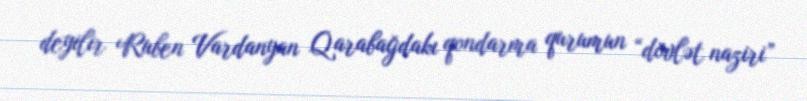
deyilir Ruben Vardanyan Qarabağdakı qondarma qurumun “dövlət naziri”